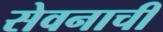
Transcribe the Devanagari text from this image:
सेवनाची